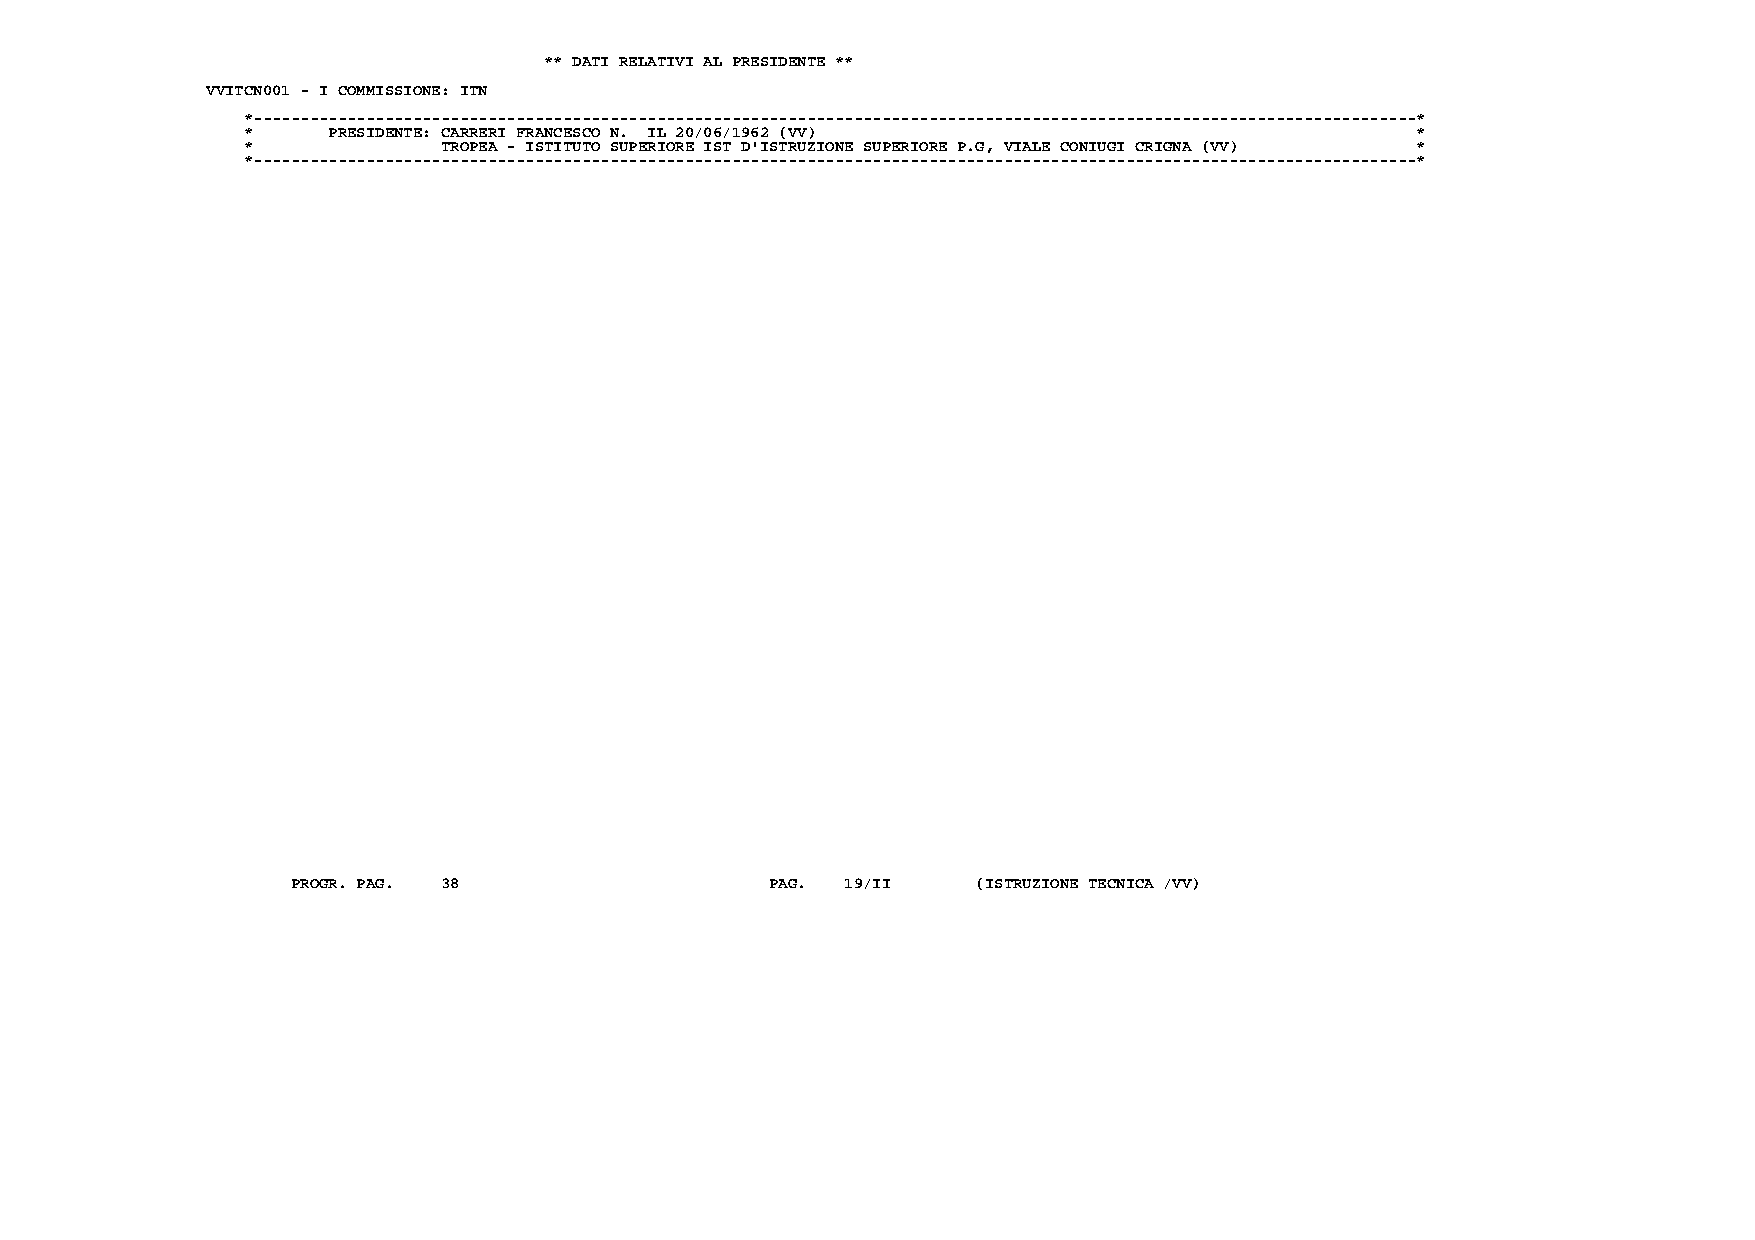
** DATI RELATIVI AL PRESIDENTE **
 VVITCN001 - I COMMISSIONE: ITN
 *----------------------------------------------------------------------------------------------------------------------------*
 *     PRESIDENTE: CARRERI FRANCESCO N. IL 20/06/1962 (VV)                     *
 *            TROPEA - ISTITUTO SUPERIORE IST D'ISTRUZIONE SUPERIORE P.G, VIALE CONIUGI CRIGNA (VV) *
 *----------------------------------------------------------------------------------------------------------------------------*
 PROGR. PAG. 38                  PAG. 19/II    (ISTRUZIONE TECNICA /VV)